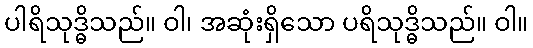
ပါရိသုဒ္ဓိသည်။ ဝါ၊ အဆုံးရှိသော ပရိသုဒ္ဓိသည်။ ဝါ။